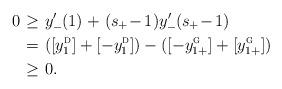
LaTeX: \begin{align*}0&\mkern1.5mu\ge\mkern1.5muy'_-\mkern-1.2mu(1) \mkern1.5mu+\mkern1.5mu (s_{\mkern-1mu+}\mkern-3mu-\mkern-1.5mu1)\mkern.3mu y'_-\mkern-1.2mu(s_{\mkern-1mu+}\mkern-3mu-\mkern-1.5mu1) \\&\mkern1.5mu=\mkern1.5mu([y_1^{\textsc{d}}] + [-y_1^{\textsc{d}}])-([-y_{1+}^{\textsc{g}}] + [y_{1+}^{\textsc{g}}]) \\ &\mkern1.5mu\ge\mkern1.5mu0.\end{align*}